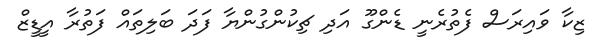
ޒިކާ ވައިރަސް ފެތުރެނީ ޑެންގޫ އަދި ޗިކުންގުންޔާ ފަދަ ބަލިތައް ފަތުރާ އީޑީޒް